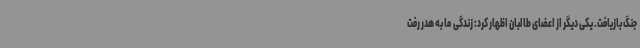
جنگ بازیافت. یکی دیگر از اعضای طالبان اظهار کرد: زندگی ما به هدر رفت